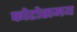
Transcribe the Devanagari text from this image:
फोटोसमय